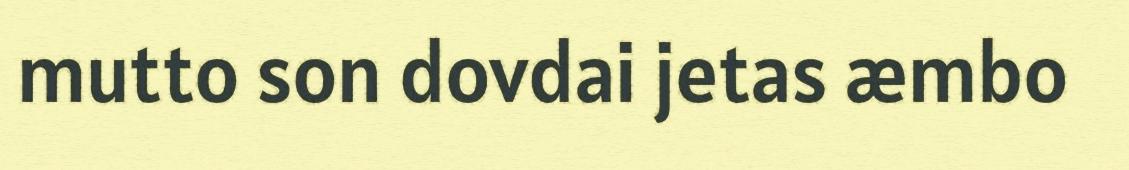
mutto son dovdai jetas æmbo